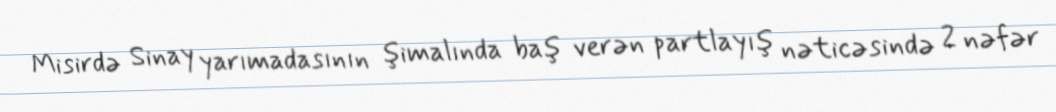
Misirdə Sinay yarımadasının şimalında baş verən partlayış nəticəsində 2 nəfər